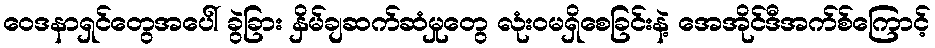
ဝေဒနာရှင်တွေအပေါ် ခွဲခြား နှိမ်ချဆက်ဆံမှုတွေ လုံးဝမရှိစေခြင်းနဲ့ အေအိုင်ဒီအက်စ်ကြောင့်